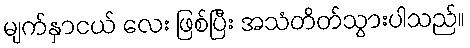
မျက်နှာငယ် လေး ဖြစ်ပြီး အသံတိတ်သွားပါသည်။